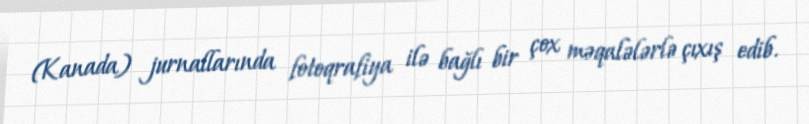
(Kanada) jurnallarında fotoqrafiya ilə bağlı bir çox məqalələrlə çıxış edib.